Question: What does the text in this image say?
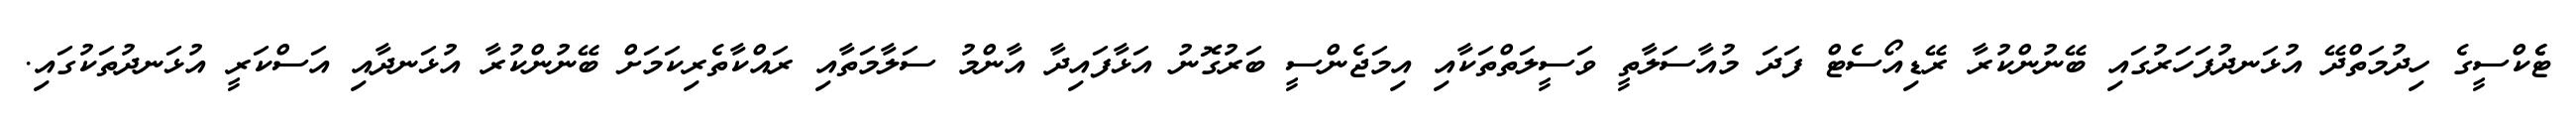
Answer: ޓެެކްސީގެ ހިދުމަތްދޭ އުޅަނދުފަހަރުގައި ބޭނުންކުރާ ރޭޑިއޯސެޓް ފަދަ މުއާސަލާތީ ވަސީލަތްތަކާއި އިމަޖެންސީ ބަރުގޮނު އަޅާފައިދާ އާންމު ސަލާމަތާއި ރައްކާތެރިކަމަށް ބޭނުންކުރާ އުޅަނދާއި އަސްކަރީ އުޅަނދުތަކުގައި.